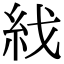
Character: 𥾮